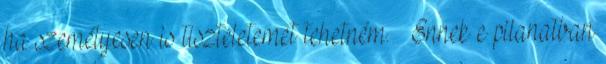
ha személyesen is tiszteletemet tehetném. – Ennek e pilanatban